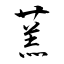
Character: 蓔